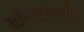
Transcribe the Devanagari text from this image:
मुनिपुंगवैः॥